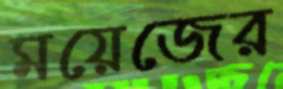
ময়েজের